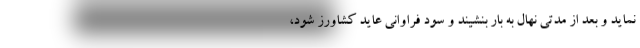
نماید و بعد از مدتی نهال به بار بنشیند و سود فراوانی عاید کشاورز شود،